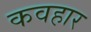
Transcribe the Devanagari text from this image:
कवहार